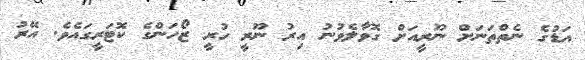
އަޑުގެ ނެތްތަނަށް ނޫރީއަށް ގޮވާލެވުނު އިރު ނޫރީ ހުރީ ޒޯހަންގެ ކޮޓަރީގައެވެ. އޭރު